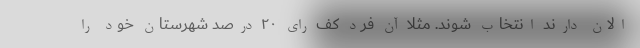
الان دارند انتخاب شوند. مثلا آن فرد کف رای ۲۰ درصد شهرستان خود را